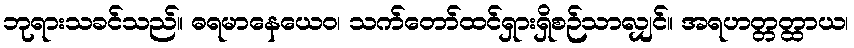
ဘုရားသခင်သည်။ ဓရမာနေယေဝ၊ သက်တော်ထင်ရှားရှိစဉ်သာလျှင်။ အရဟတ္တတ္ထာယ၊